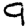
Digit: 9